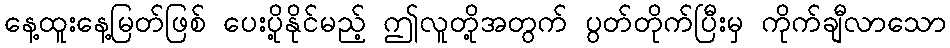
နေ့ထူးနေ့မြတ်ဖြစ် ပေးပို့နိုင်မည့် ဤလူတို့အတွက် ပွတ်တိုက်ပြီးမှ ကိုက်ချီလာသော